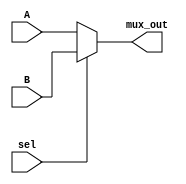
module two_to_one_mux(input [31:0] A, B, input sel, output [31:0] mux_out);

	assign mux_out = (sel) ? B : A;
	// if PcSrc was 1 then B goes on output
	// if PcSrc was 0 then A goes on output
endmodule